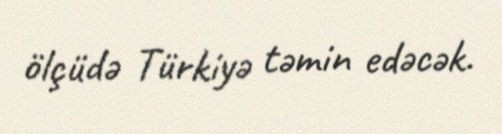
ölçüdə Türkiyə təmin edəcək.